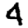
Digit: 4